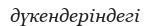
дүкендеріндегі